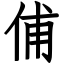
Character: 俌